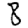
Digit: 8